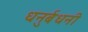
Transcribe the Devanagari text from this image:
धनुर्बधनी